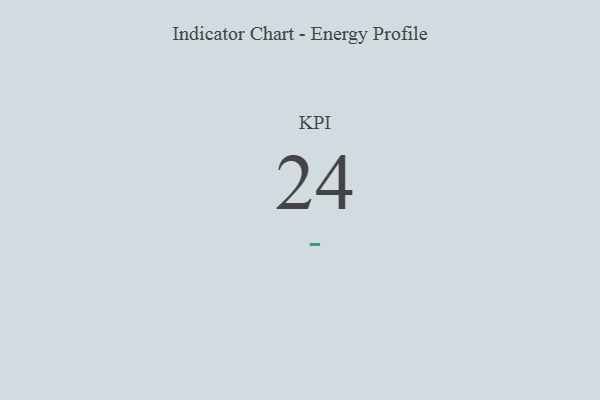
{"axis": {"x": "KPI", "y": "Value"}, "legend": [""], "data": [{"x": "KPI", "y": 24, "type": ""}]}